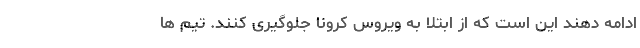
ادامه دهند این است که از ابتلا به ویروس کرونا جلوگیری کنند. تیم ها